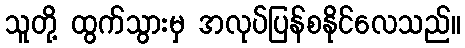
သူတို့ ထွက်သွားမှ အလုပ်ပြန်စနိုင်လေသည်။